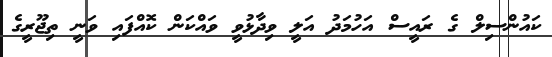
ކައުންސިލް ގެ ރައީސް އަހުމަދު އަލީ ވިދާޅުވީ ވައްކަން ކޮއްފައި ވަނީ ތިޖޫރީގެ